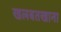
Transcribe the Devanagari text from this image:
खलबतखाना